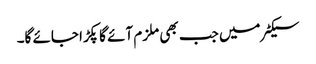
سیکٹر میں جب بھی ملزم آئے گا پکڑا جائے گا۔